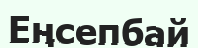
Еңсепбай